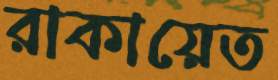
রাকায়েত